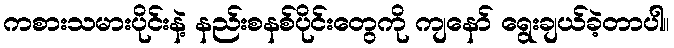
ကစားသမားပိုင်းနဲ့ နည်းစနစ်ပိုင်းတွေကို ကျနော် ရွေးချယ်ခဲ့တာပါ။